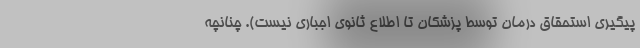
پیگیری استحقاق درمان توسط پزشکان تا اطلاع ثانوی اجباری نیست). چنانچه